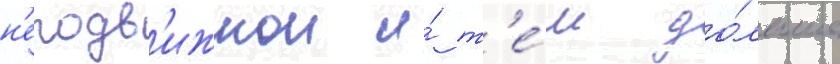
н'еподв'ижнои и́ т'е́м до́льше